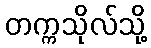
တက္ကသိုလ်သို့